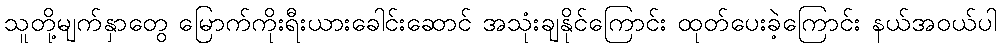
သူတို့မျက်နှာတွေ မြောက်ကိုးရီးယားခေါင်းဆောင် အသုံးချနိုင်ကြောင်း ထုတ်ပေးခဲ့ကြောင်း နယ်အဝယ်ပါ